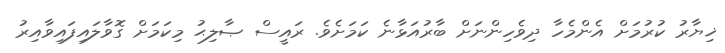
ޚިޔާރު ކުރުމަށް އެންމެހާ ދިވެހިންނަށް ބާރުއަޅާނެ ކަމަށެވެ. ރައީސް ޞާލިޙު މިކަމަށް ގޮވާލައިފައިވާއިރު